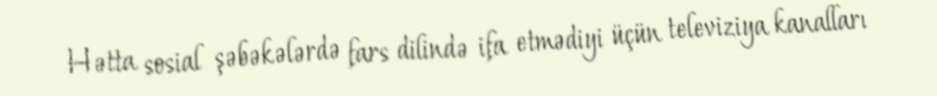
Hətta sosial şəbəkələrdə fars dilində ifa etmədiyi üçün televiziya kanalları